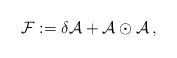
LaTeX: \begin{align*}{\cal F} := \delta {\cal A} + {\cal A}\odot {\cal A} \, ,\end{align*}